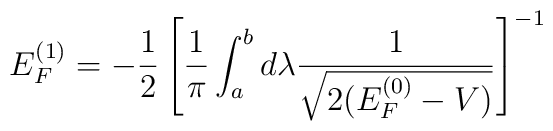
E_{F}^{(1)} = - \frac{1}{2} \left[ \frac{1}{\pi} \int_{a}^{b} d\lambda\frac{1}{\sqrt{2(E_{F}^{(0)} - V )}} \right ]^{-1}